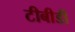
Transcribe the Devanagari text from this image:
टीबीडी